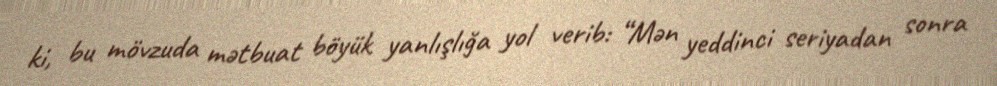
ki, bu mövzuda mətbuat böyük yanlışlığa yol verib: “Mən yeddinci seriyadan sonra